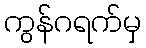
ကွန်ဂရက်မှ